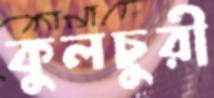
কুলচুরী